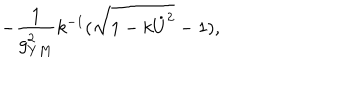
LaTeX: - { \frac { 1 } { g _ { Y M } ^ { 2 } } } k ^ { - 1 } ( \sqrt { 1 - k \dot { U } ^ { 2 } } - 1 ) ,